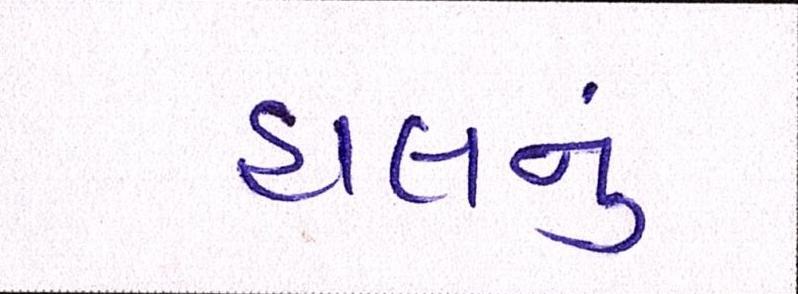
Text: હાલનું